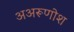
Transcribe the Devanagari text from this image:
अअरूणोश